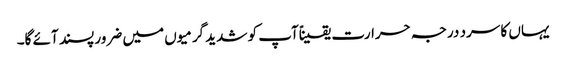
یہاں کا سرد درجہ حرارت یقیناًآپ کو شدید گرمیوں میں ضرور پسند آئے گا۔